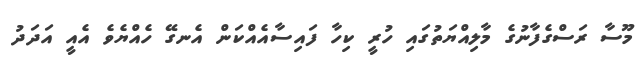
މޫސާ ރަސްގެފާނުގެ މާލިއްޔަތުގައި ހުރީ ކިހާ ފައިސާއެއްކަން އެނގޭ ހެއްޔެވެ އެއީ އަދަދު